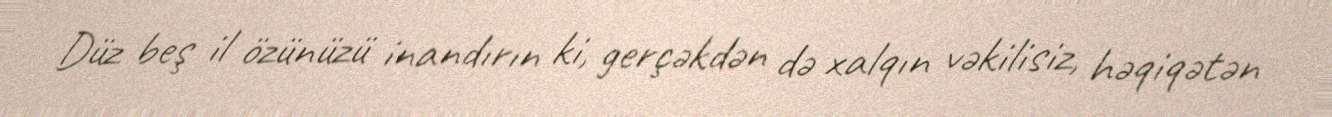
Düz beş il özünüzü inandırın ki, gerçəkdən də xalqın vəkilisiz, həqiqətən